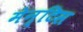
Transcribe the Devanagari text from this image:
मेन्टिस